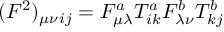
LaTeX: ( F ^ { 2 } ) _ { \mu \nu } { } _ { i j } = F _ { \mu \lambda } ^ { a } T _ { i k } ^ { a } F _ { \lambda \nu } ^ { b } T _ { k j } ^ { b }